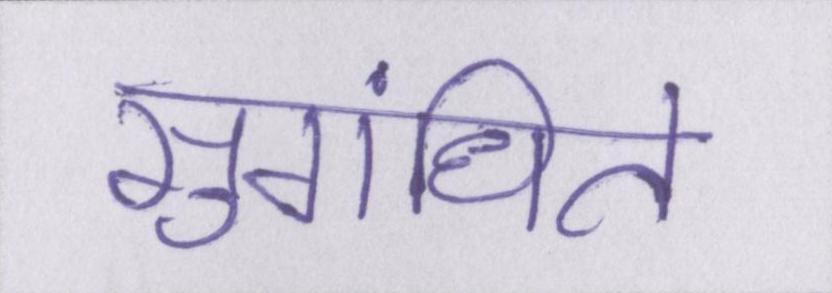
सुगंधित